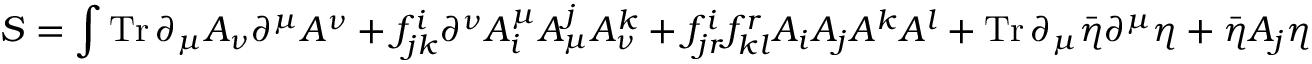
S = \int \operatorname { T r } \partial _ { \mu } A _ { \nu } \partial ^ { \mu } A ^ { \nu } + f _ { j k } ^ { i } \partial ^ { \nu } A _ { i } ^ { \mu } A _ { \mu } ^ { j } A _ { \nu } ^ { k } + f _ { j r } ^ { i } f _ { k l } ^ { r } A _ { i } A _ { j } A ^ { k } A ^ { l } + \operatorname { T r } \partial _ { \mu } { \bar { \eta } } \partial ^ { \mu } \eta + { \bar { \eta } } A _ { j } \eta